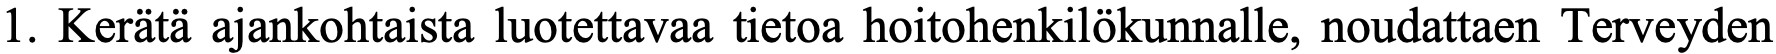
1. Kerätä ajankohtaista luotettavaa tietoa hoitohenkilökunnalle, noudattaen Terveyden